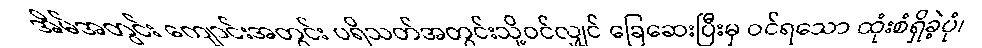
အိမ်အတွင်း ကျောင်းအတွင်း ပရိသတ်အတွင်းသို့ဝင်လျှင် ခြေဆေးပြီးမှ ဝင်ရသော ထုံးစံရှိခဲ့ပုံ၊